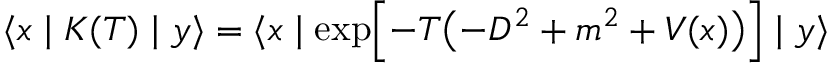
\langle x \mid K ( T ) \mid y \rangle = \langle x \mid \exp \Bigl [ - T \bigl ( - D ^ { 2 } + m ^ { 2 } + V ( x ) \bigr ) \Bigr ] \mid y \rangle